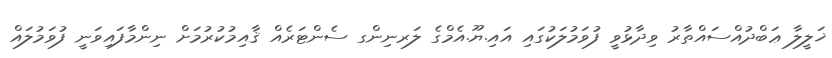
ޚަލީލާ ޢަބްދުއްސައްތާރު ވިދާޅުވީ ފުވަމުލަކުގައި އައި.ޔޫ.އެމްގެ ލަރނިންގ ސެންޓަރެއް ޤާއިމުކުރުމަށް ނިންމާފައިވަނީ ފުވަމުލައް